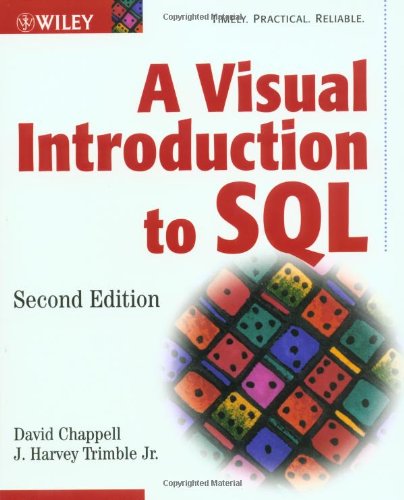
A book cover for A Visual Introduction to SQL; David Chappell; Computers & Technology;